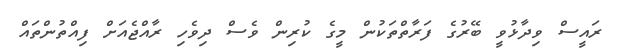
ރައީސް ވިދާޅުވީ ބޭރުގެ ފަރާތްތަކުން މީގެ ކުރިން ވެސް ދިވެހި ރާއްޖެއަށް ފިއްތުންތައް